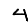
Digit: 4